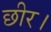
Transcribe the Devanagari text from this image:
छीर।